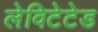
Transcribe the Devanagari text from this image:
लेविटेटेड